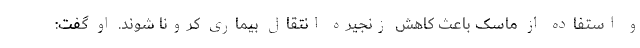
و استفاده از ماسک باعث کاهش زنجیره انتقال بیماری کرونا شوند. او گفت: